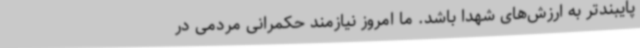
پایبندتر به ارزش‌های شهدا باشد. ما امروز نیازمند حکمرانی مردمی در